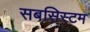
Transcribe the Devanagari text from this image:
सबसिस्टम